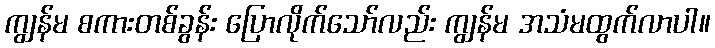
ကျွန်မ စကားတစ်ခွန်း ပြောလိုက်သော်လည်း ကျွန်မ အသံမထွက်လာပါ။